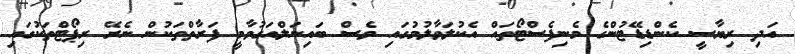
އަދި ރިޔާސީ ކެންޑިޑޭޓުންގެ މެނިފެސްޓޯތައް އެކުލަވާލުމުގައި ވެސް ބައިނަލްއަގުވާމީ ފަރާތްތަކުން ނެރޭ ރިޕޯޓްތަކުގައި